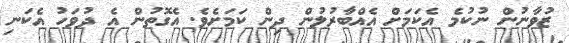
ޒުވާނުން ނުކުމެ އެކަމަށް އެއްބާރުލުން ދިން ކަމަށެވެ. އެގޮތުން އެ ދުވަހު އެކަނި